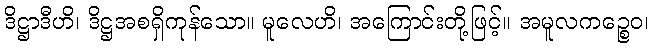
ဒိဋ္ဌာဒီဟိ၊ ဒိဋ္ဌအစရှိကုန်သော။ မူလေဟိ၊ အကြောင်းတို့ဖြင့်။ အမူလကဉ္စေဝ၊